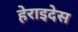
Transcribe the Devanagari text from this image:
हेराइदेस